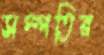
সম্পতির